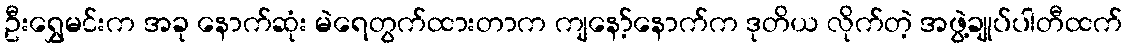
ဦးရွှေမင်းက အခု နောက်ဆုံး မဲရေတွက်ထားတာက ကျနော့်နောက်က ဒုတိယ လိုက်တဲ့ အဖွဲ့ချုပ်ပါတီထက်